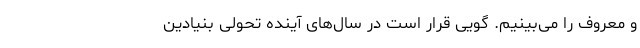
و معروف را می‌بینیم. گویی قرار است در سال‌های آینده تحولی بنیادین